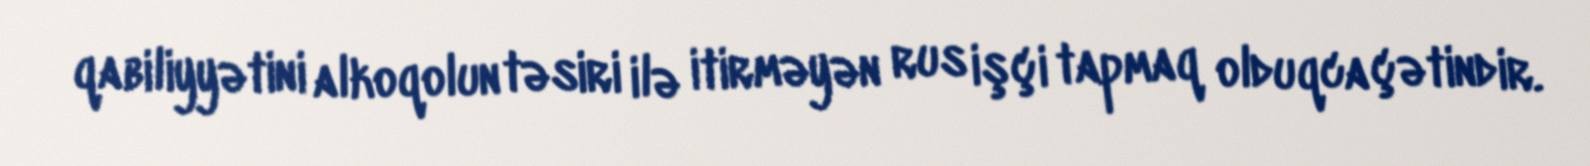
qabiliyyətini alkoqolun təsiri ilə itirməyən rus işçi tapmaq olduqca çətindir.